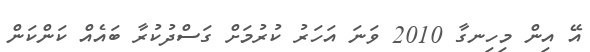
އޭ އިން މިހިނގާ 2010 ވަނަ އަހަރު ކުރުމަށް ގަސްދުކުރާ ބައެއް ކަންކަން